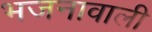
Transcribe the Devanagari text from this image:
भजनावाली